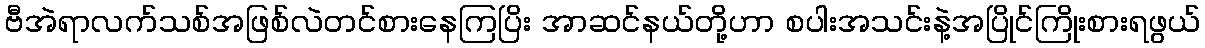
ဗီအဲရာလက်သစ်အဖြစ်လဲတင်စားနေကြပြိး အာဆင်နယ်တို့ဟာ စပါးအသင်းနဲ့အပြိုင်ကြိုးစားရဖွယ်